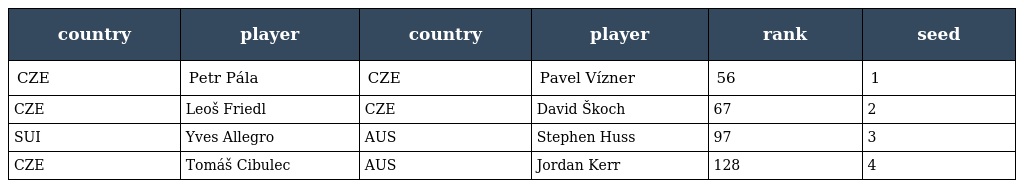
| country | player | country | player | rank | seed |
 | --- | --- | --- | --- | --- | --- |
 | CZE | Petr Pála | CZE | Pavel Vízner | 56 | 1 |
 | CZE | Leoš Friedl | CZE | David Škoch | 67 | 2 |
 | SUI | Yves Allegro | AUS | Stephen Huss | 97 | 3 |
 | CZE | Tomáš Cibulec | AUS | Jordan Kerr | 128 | 4 |